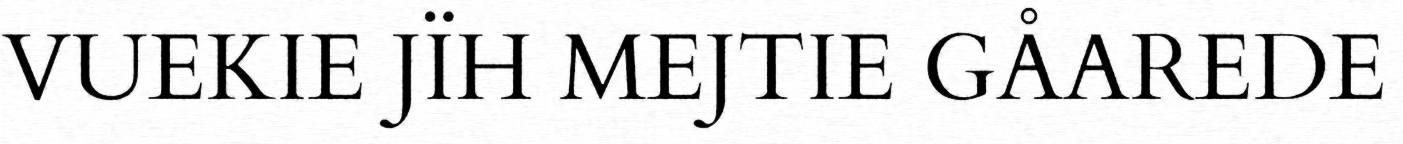
VUEKIE JÏH MEJTIE GÅAREDE